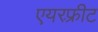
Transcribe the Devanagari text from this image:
एयरफ़्रीट